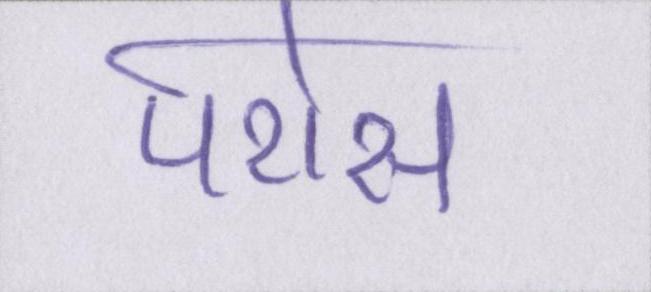
परोस